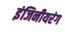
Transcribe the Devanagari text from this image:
इंजिनीयरंग